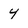
Character: y